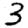
Digit: 3